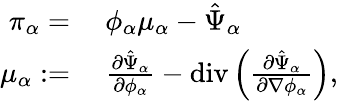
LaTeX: \begin{array}{rl}{\pi_{\alpha}=}&{~\phi_{\alpha}\mu_{\alpha}-\hat{\Psi}_{\alpha}}\\ {\mu_{\alpha}:=}&{~\frac{\partial\hat{\Psi}_{\alpha}}{\partial\phi_{\alpha}}-\mathrm{div}\left(\frac{\partial\hat{\Psi}_{\alpha}}{\partial\nabla\phi_{\alpha}}\right),}\end{array}